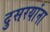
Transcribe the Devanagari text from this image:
दुसरयांना